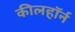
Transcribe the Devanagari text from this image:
कीलहॉर्न